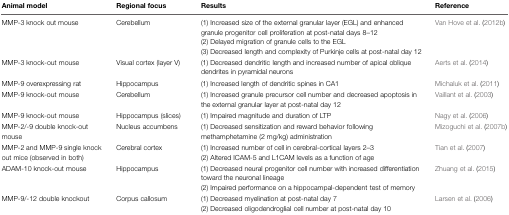
<table><thead><tr><td><b>Animal model</b></td><td><b>Regional focus</b></td><td><b>Results</b></td><td><b>Reference</b></td></tr></thead><tbody><tr><td>MMP-3 knock out mouse</td><td>Cerebellum</td><td>(1) Increased size of the external granular layer (EGL) and enhanced granule progenitor cell proliferation at post-natal days 8–12(2) Delayed migration of granule cells to the EGL(3) Decreased length and complexity of Purkinje cells at post-natal day 12</td><td>Van Hove et al. (2012b)</td></tr><tr><td>MMP-3 knock-out mouse</td><td>Visual cortex (layer V)</td><td>(1) Decreased dendritic length and increased number of apical oblique dendrites in pyramidal neurons</td><td>Aerts et al. (2014)</td></tr><tr><td>MMP-9 overexpressing rat</td><td>Hippocampus</td><td>(1) Increased length of dendritic spines in CA1</td><td>Michaluk et al. (2011)</td></tr><tr><td>MMP-9 knock-out mouse</td><td>Cerebellum</td><td>(1) Increased granule precursor cell number and decreased apoptosis in the external granular layer at post-natal day 12</td><td>Vaillant et al. (2003)</td></tr><tr><td>MMP-9 knock-out mouse</td><td>Hippocampus (slices)</td><td>(1) Impaired magnitude and duration of LTP</td><td>Nagy et al. (2006)</td></tr><tr><td>MMP-2/-9 double knock-out mouse</td><td>Nucleus accumbens</td><td>(1) Decreased sensitization and reward behavior following methamphetamine (2 mg/kg) administration</td><td>Mizoguchi et al. (2007b)</td></tr><tr><td>MMP-2 and MMP-9 single knock out mice (observed in both)</td><td>Cerebral cortex</td><td>(1) Increased number of cell in cerebral-cortical layers 2–3(2) Altered ICAM-5 and L1CAM levels as a function of age</td><td>Tian et al. (2007)</td></tr><tr><td>ADAM-10 knock-out mouse</td><td>Hippocampus</td><td>(1) Decreased neural progenitor cell number with increased differentiation toward the neuronal lineage(2) Impaired performance on a hippocampal-dependent test of memory</td><td>Zhuang et al. (2015)</td></tr><tr><td>MMP-9/-12 double knockout</td><td>Corpus callosum</td><td>(1) Decreased myelination at post-natal day 7(2) Decreased oligodendroglial cell number at post-natal day 10</td><td>Larsen et al. (2006)</td></tr></tbody></table>